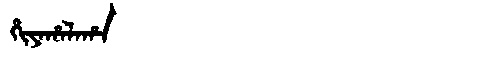
Manchu: ᡥᡳᠶᠠᡥᠠᠯᠠᡥᠠ
Romanization: HIYAHALAHA